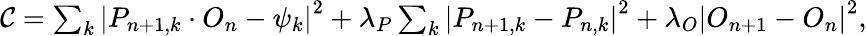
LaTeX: \begin{array}{r}{\mathcal{C}=\sum_{k}\left|P_{n+1,k}\cdot O_{n}-\psi_{k}\right|^{2}+\lambda_{P}\sum_{k}\left|P_{n+1,k}-P_{n,k}\right|^{2}+\lambda_{O}\left|O_{n+1}-O_{n}\right|^{2},}\end{array}